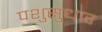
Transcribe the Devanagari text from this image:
पशुसुधार